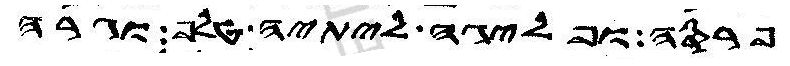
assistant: פרסה ופליגה ליתיה טלף וגרה